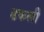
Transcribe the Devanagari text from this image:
ढकली